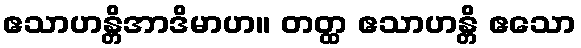
ဧသာဟန္တိအာဒိမာဟ။ တတ္ထ ဧသာဟန္တိ ဧသော